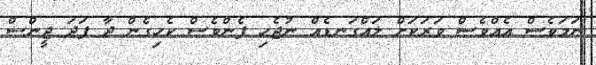
ނަމަވެސް އެއްވެސް ވަރަކަށް ލައްގަނޑެއް ނުޖެހި ފެންވެސް ކެހިގެން ދާ ފަދަ ޖީންސް